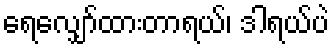
ရေလျှော်ထားတာရယ်၊ ဒါရယ်ပဲ